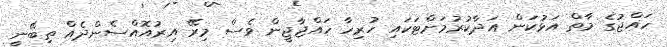
ހައްޖުގެ މާތް އަޅުކަން އަދާކުރުމަށްޓަކައި ހުރިހާ ހައްޖާޖީން ވެސް މިރޭ އިރުއޮއްސެންދެއް ތިބޭނީ